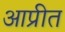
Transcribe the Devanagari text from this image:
आप्रीत